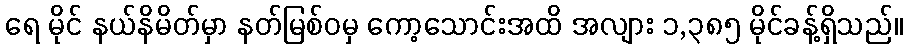
ရေ မိုင် နယ်နိမိတ်မှာ နတ်မြစ်ဝမှ ကော့သောင်းအထိ အလျား ၁,၃၈၅ မိုင်ခန့်ရှိသည်။